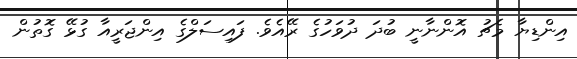
އިންޑިޔާ މެޗު އޮންނާނީ ބުދަ ދުވަހުގެ ރޭއެވެ. ފައިސަލްގެ އިންޖަރީއާ ގުޅޭ ގޮތުން